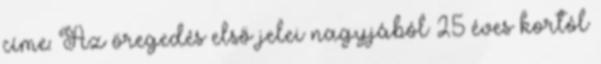
címe: Az öregedés első jelei nagyjából 25 éves kortól